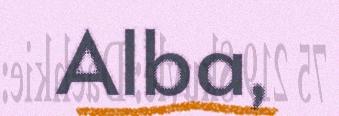
Alba,